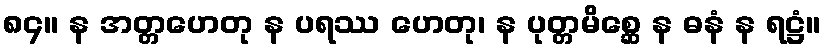
၈၄။ န အတ္တဟေတု န ပရဿ ဟေတု၊ န ပုတ္တမိစ္ဆေ န ဓနံ န ရဋ္ဌံ။